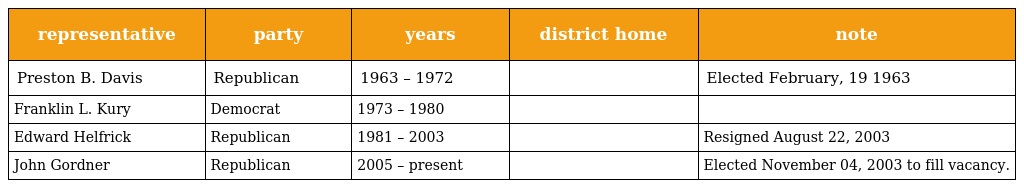
| representative | party | years | district home | note |
 | --- | --- | --- | --- | --- |
 | Preston B. Davis | Republican | 1963 – 1972 |  | Elected February, 19 1963 |
 | Franklin L. Kury | Democrat | 1973 – 1980 |  |  |
 | Edward Helfrick | Republican | 1981 – 2003 |  | Resigned August 22, 2003 |
 | John Gordner | Republican | 2005 – present |  | Elected November 04, 2003 to fill vacancy. |